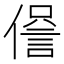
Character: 𧧹